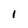
Character: 1